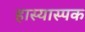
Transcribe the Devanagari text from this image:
हास्यास्पक